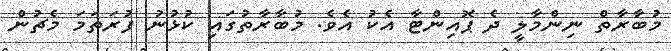
މުބާރާތް ނިންމާލީ ދެ ޕޮއިންޓާ އެކު އެވެ. މުބާރާތުގައި ކުޅުނު ފުރަތަމަ މެޗުން